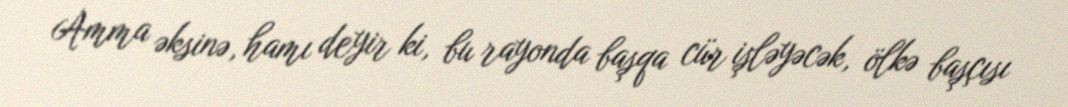
Amma əksinə, hamı deyir ki, bu rayonda başqa cür işləyəcək, ölkə başçısı